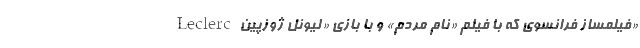
Leclerc فیلمساز فرانسوی که با فیلم «نام مردم» و با بازی «لیونل ژوزپین»